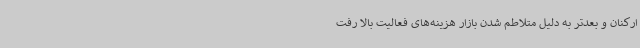
ارکنان و بعدتر به دلیل متلاطم شدن بازار هزینه‌های فعالیت بالا رفت